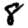
Digit: 8